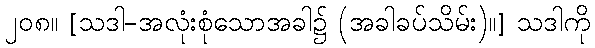
၂၀၈။ [သဒါ-အလုံးစုံသောအခါ၌ (အခါခပ်သိမ်း)။] သဒါကို